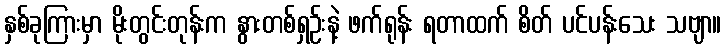
နှစ်ခုကြားမှာ မိုးတွင်းတုန်းက နွားတစ်ရှဉ်းနဲ့ ဖက်ရုန်း ရတာထက် စိတ် ပင်ပန်းသေး သဗျာ။